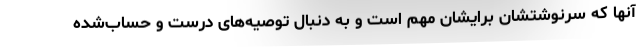
آنها که سرنوشتشان برایشان مهم است و به دنبال توصیه‌های درست و حساب‌شده